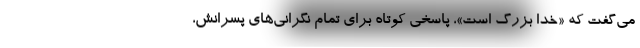
مي‌گفت كه «خدا بزرگ است»، پاسخي كوتاه براي تمام نگراني‌هاي پسرانش،